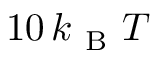
1 0 \, k _ { \mathrm { ~ B ~ } } T